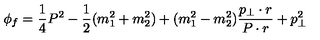
\phi _ { f } = \frac { 1 } { 4 } P ^ { 2 } - \frac { 1 } { 2 } ( m _ { 1 } ^ { 2 } + m _ { 2 } ^ { 2 } ) + ( m _ { 1 } ^ { 2 } - m _ { 2 } ^ { 2 } ) \frac { p _ { \bot } \cdot r } { P \cdot r } + p _ { \bot } ^ { 2 }